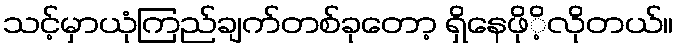
သင့်မှာယုံကြည်ချက်တစ်ခုတော့ ရှိနေဖိုိ့လိုတယ်။